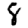
Digit: 8